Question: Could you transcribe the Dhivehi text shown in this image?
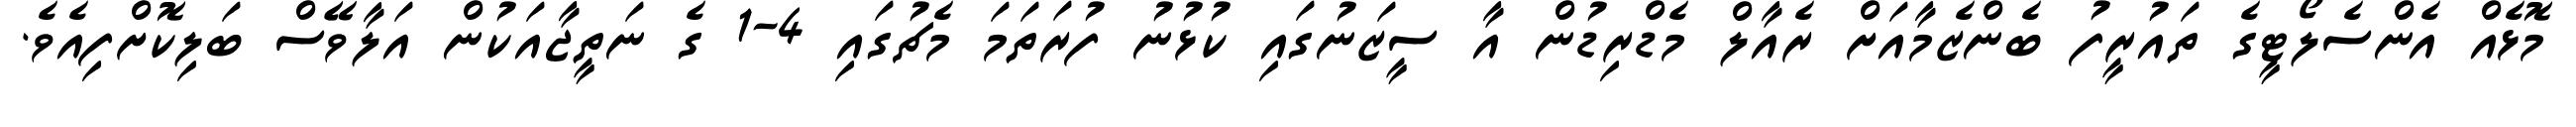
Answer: މޮޅެއް އެންސެލޯޓީގެ ތައުރީފު ބެންޒެމާއަށް ރެއާލް މެޑްރިޑުން އާ ސީޒަނުގައި ކުޅުނު ފުރަތަމަ މެޗުގައި 4-1 ގެ ނަތީޖާއަކުން އަލާވޭސް ބަލިކޮށްފިއެވެ.